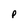
Character: p